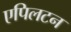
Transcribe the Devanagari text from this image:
एपिलटन